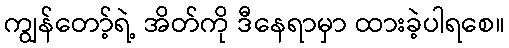
ကျွန်တော့်ရဲ့ အိတ်ကို ဒီနေရာမှာ ထားခဲ့ပါရစေ။